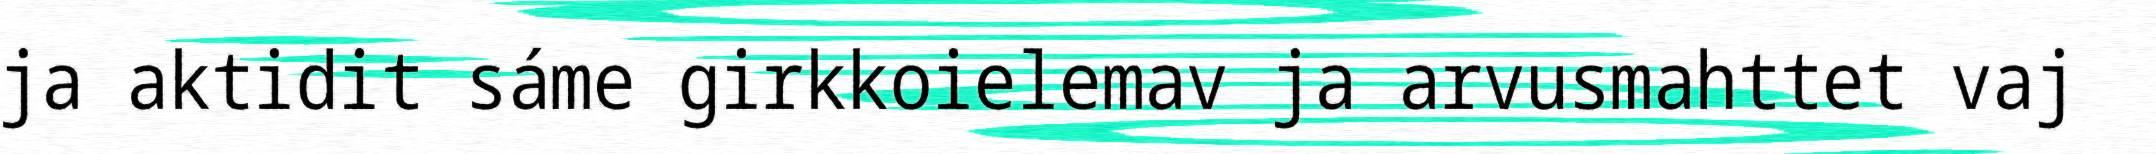
ja aktidit sáme girkkoielemav ja arvusmahttet vaj